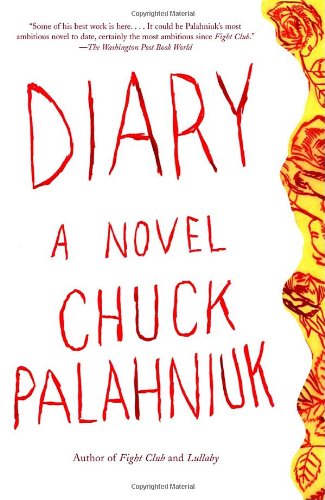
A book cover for Diary: A Novel; Chuck Palahniuk; Mystery, Thriller & Suspense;